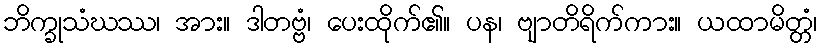
ဘိက္ခုသံဃဿ၊ အား။ ဒါတဗ္ဗံ၊ ပေးထိုက်၏။ ပန၊ ဗျာတိရိက်ကား။ ယထာမိတ္တံ၊